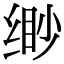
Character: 缈